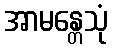
အာမန္တေသုံ